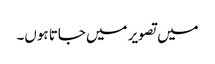
میں تصویر میں جاتا ہوں۔